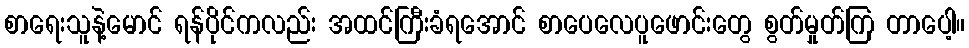
စာရေးသူနဲ့မောင် ရန်ပိုင်ကလည်း အထင်ကြီးခံရအောင် စာပေလေပူဖောင်းတွေ စွတ်မှုတ်ကြ တာပေါ့။